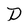
Character: D